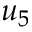
u _ { 5 }